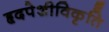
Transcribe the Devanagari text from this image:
हृदपेशीविकृति